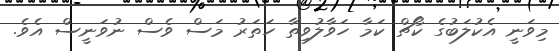
މިވަނީ އެކުލަބުގެ ކޯޗް ކަމާ ހަވާލުވިތާ ހަތަރު މަސް ވެސް ނުވަނީސް އެވެ.